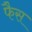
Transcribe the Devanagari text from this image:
फैस